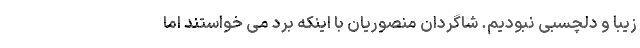
زیبا و دلچسبی نبودیم. شاگردان منصوریان با اینکه برد می خواستند اما